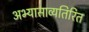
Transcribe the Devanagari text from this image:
अभ्यासाव्यतिरित